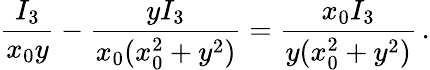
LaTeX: \frac{I_{3}}{x_{0}y}-\frac{yI_{3}}{x_{0}(x_{0}^{2}+y^{2})}=\frac{x_{0}I_{3}}{y(x_{0}^{2}+y^{2})}\, .